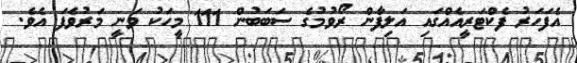
އެފަހަރު ފެކްޓަރީއެއްގައި އަލިފާން ރޯވުމުގެ ސަބަބުން 111 މީހަކު ވަނީ މަރުވެފަ އެވެ.